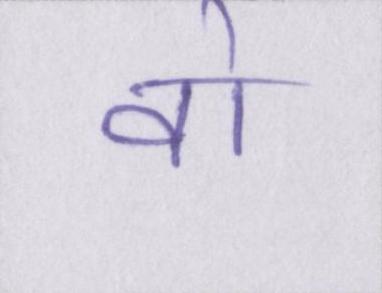
वो